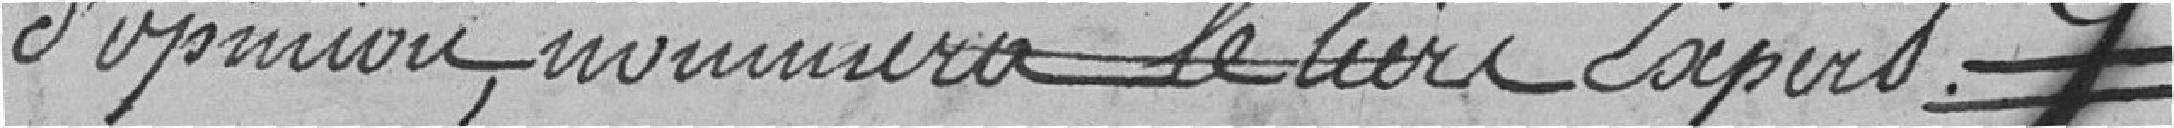
d'opinion, nommera le tiers experts.